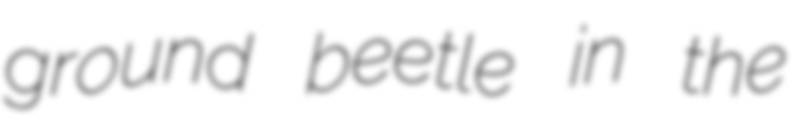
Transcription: ground beetle in the